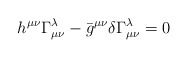
\begin{align*}h^{\mu\nu} \Gamma^\lambda_{\mu\nu} - \bar g^{\mu\nu} \delta \Gamma^\lambda_{\mu\nu}=0\end{align*}